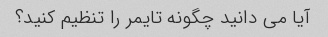
آیا می دانید چگونه تایمر را تنظیم کنید؟